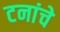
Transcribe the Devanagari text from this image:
टनांचे